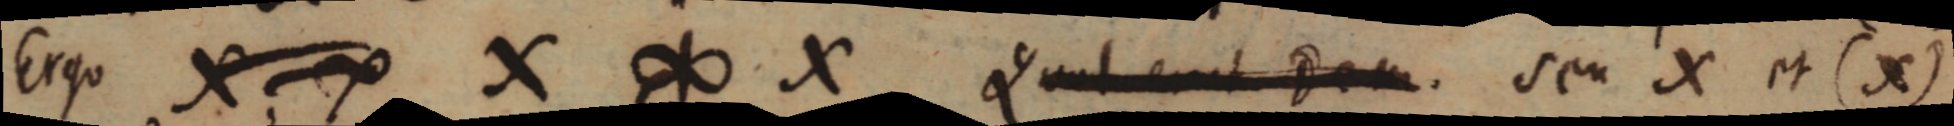
Ergo X X X ∞ X Quod _ Dem. seu X et (X)